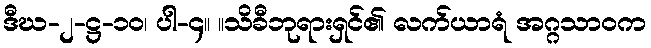
ဒီဃ-၂-ဋ္ဌ-၁၀၊ ပါ-၄။ ။သိခီဘုရားရှင်၏ လက်ယာရံ အဂ္ဂသာဝက